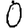
Digit: 0